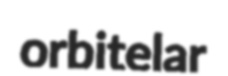
orbitelar